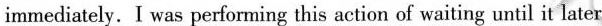
immediately. I was performing this action of waiting until it later